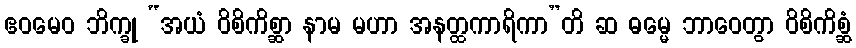
ဧဝမေဝ ဘိက္ခု “အယံ ဝိစိကိစ္ဆာ နာမ မဟာ အနတ္ထကာရိကာ”တိ ဆ ဓမ္မေ ဘာဝေတွာ ဝိစိကိစ္ဆံ